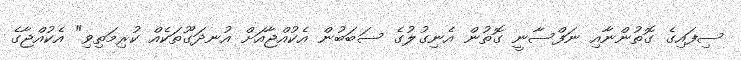
ސިފައިގެ ގޮތުންނާއި ނަފްސާނީ ގޮތުން އެނިގުލުގެ ސަބަބުން އެކުއްޖާއަށް އުނދަގޫތަކެއް ކުރިމަތިވި" އެކުއްޖާގެ